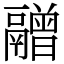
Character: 䰝